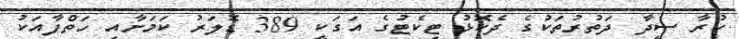
ކުރާ ސީދާ ދަތުރުތަކުގެ ދެކޮޅު ޓިކެޓުގެ އަގަކީ 389 ޑޮލަރު ކަމަށާއި ހަތްފާއަކު